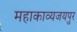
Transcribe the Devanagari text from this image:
महाकाव्यजयपुर